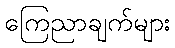
ကြေညာချက်များ